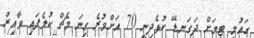
ގައުމީ ޓީމަށް ދަގަނޑޭ ކުޅެދިނީ 70 އަށްވުރެ ގިނަ މެޗް ކުލެފައި ވާއިރު